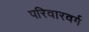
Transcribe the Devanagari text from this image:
परिवारवर्ग